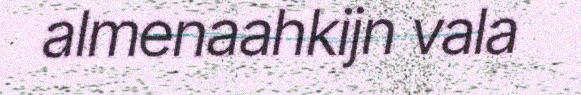
almenaahkijn vala